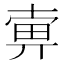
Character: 𤱿